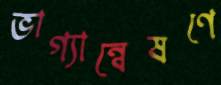
ভাগ্যান্বেষণে